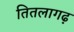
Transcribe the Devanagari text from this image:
तितलागढ़